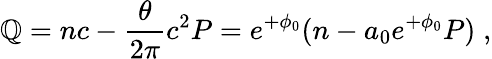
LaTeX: \mathbb{Q}=nc-\frac{{\theta}}{{2\pi}}c^{2}P=e^{+\phi_{0}}(n-a_{0}e^{+\phi_{0}}P)\; ,